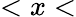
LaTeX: <x<